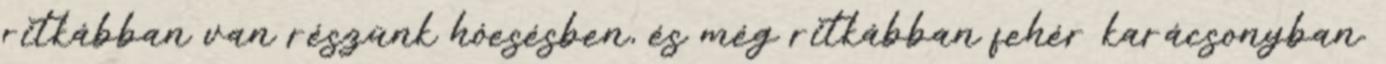
ritkábban van részünk hóesésben, és még ritkábban fehér karácsonyban.